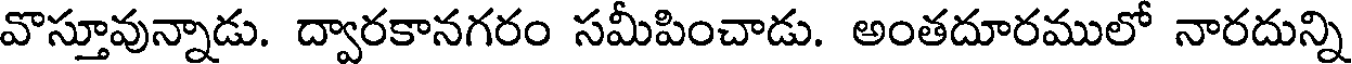
వొస్తూవున్నాడు. ద్వారకానగరం సమీపించాడు. అంతదూరములో నారదున్ని